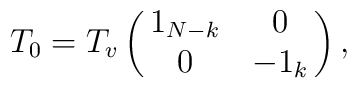
T_0=T_v\pmatrix{1_{N-k}&0\cr0&-1_k\cr},